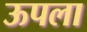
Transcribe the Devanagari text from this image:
ऊपला